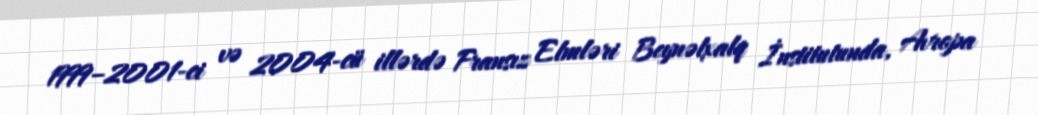
1999–2001-ci və 2004-cü illərdə Fransız Elmləri Beynəlxalq İnstitutunda, Avropa